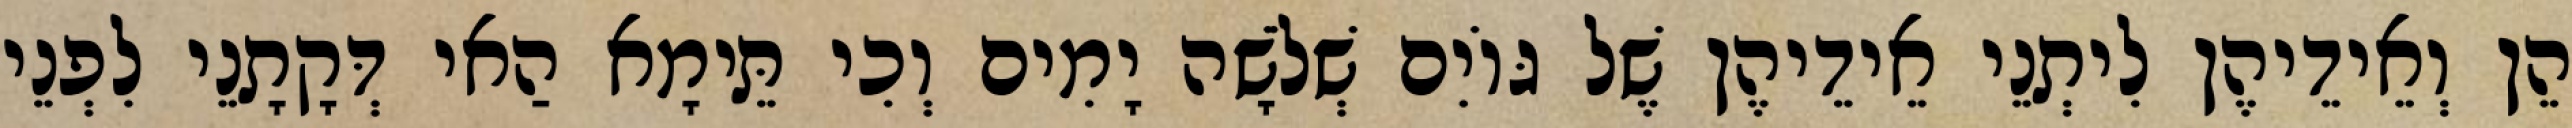
הֵן וְאֵידֵיהֶן לִיתְנֵי אֵידֵיהֶן שֶׁל גּוֹיִם שְׁלֹשָׁה יָמִים וְכִי תֵּימָא הַאי דְּקָתָנֵי לִפְנֵי